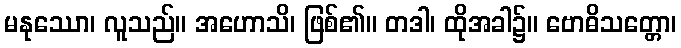
မနုဿော၊ လူသည်။ အဟောသိ၊ ဖြစ်၏။ တဒါ၊ ထိုအခါ၌။ ဗောဓိသတ္တော၊